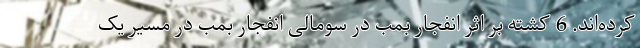
کرده‌اند. 6 کشته بر اثر انفجار بمب در سومالی انفجار بمب در مسیر یک